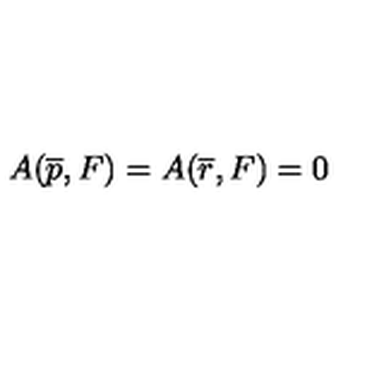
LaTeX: A ( \overline { { p } } , F ) = A ( \overline { { r } } , F ) = 0